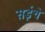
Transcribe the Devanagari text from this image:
सईंचे